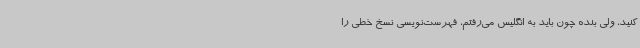
کنید، ولی بنده چون باید به انگلیس می‌رفتم، فهرست‌نویسی نسخ خطی را